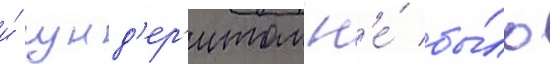
и́ гунд'ер'итом н'е́ бы́ло